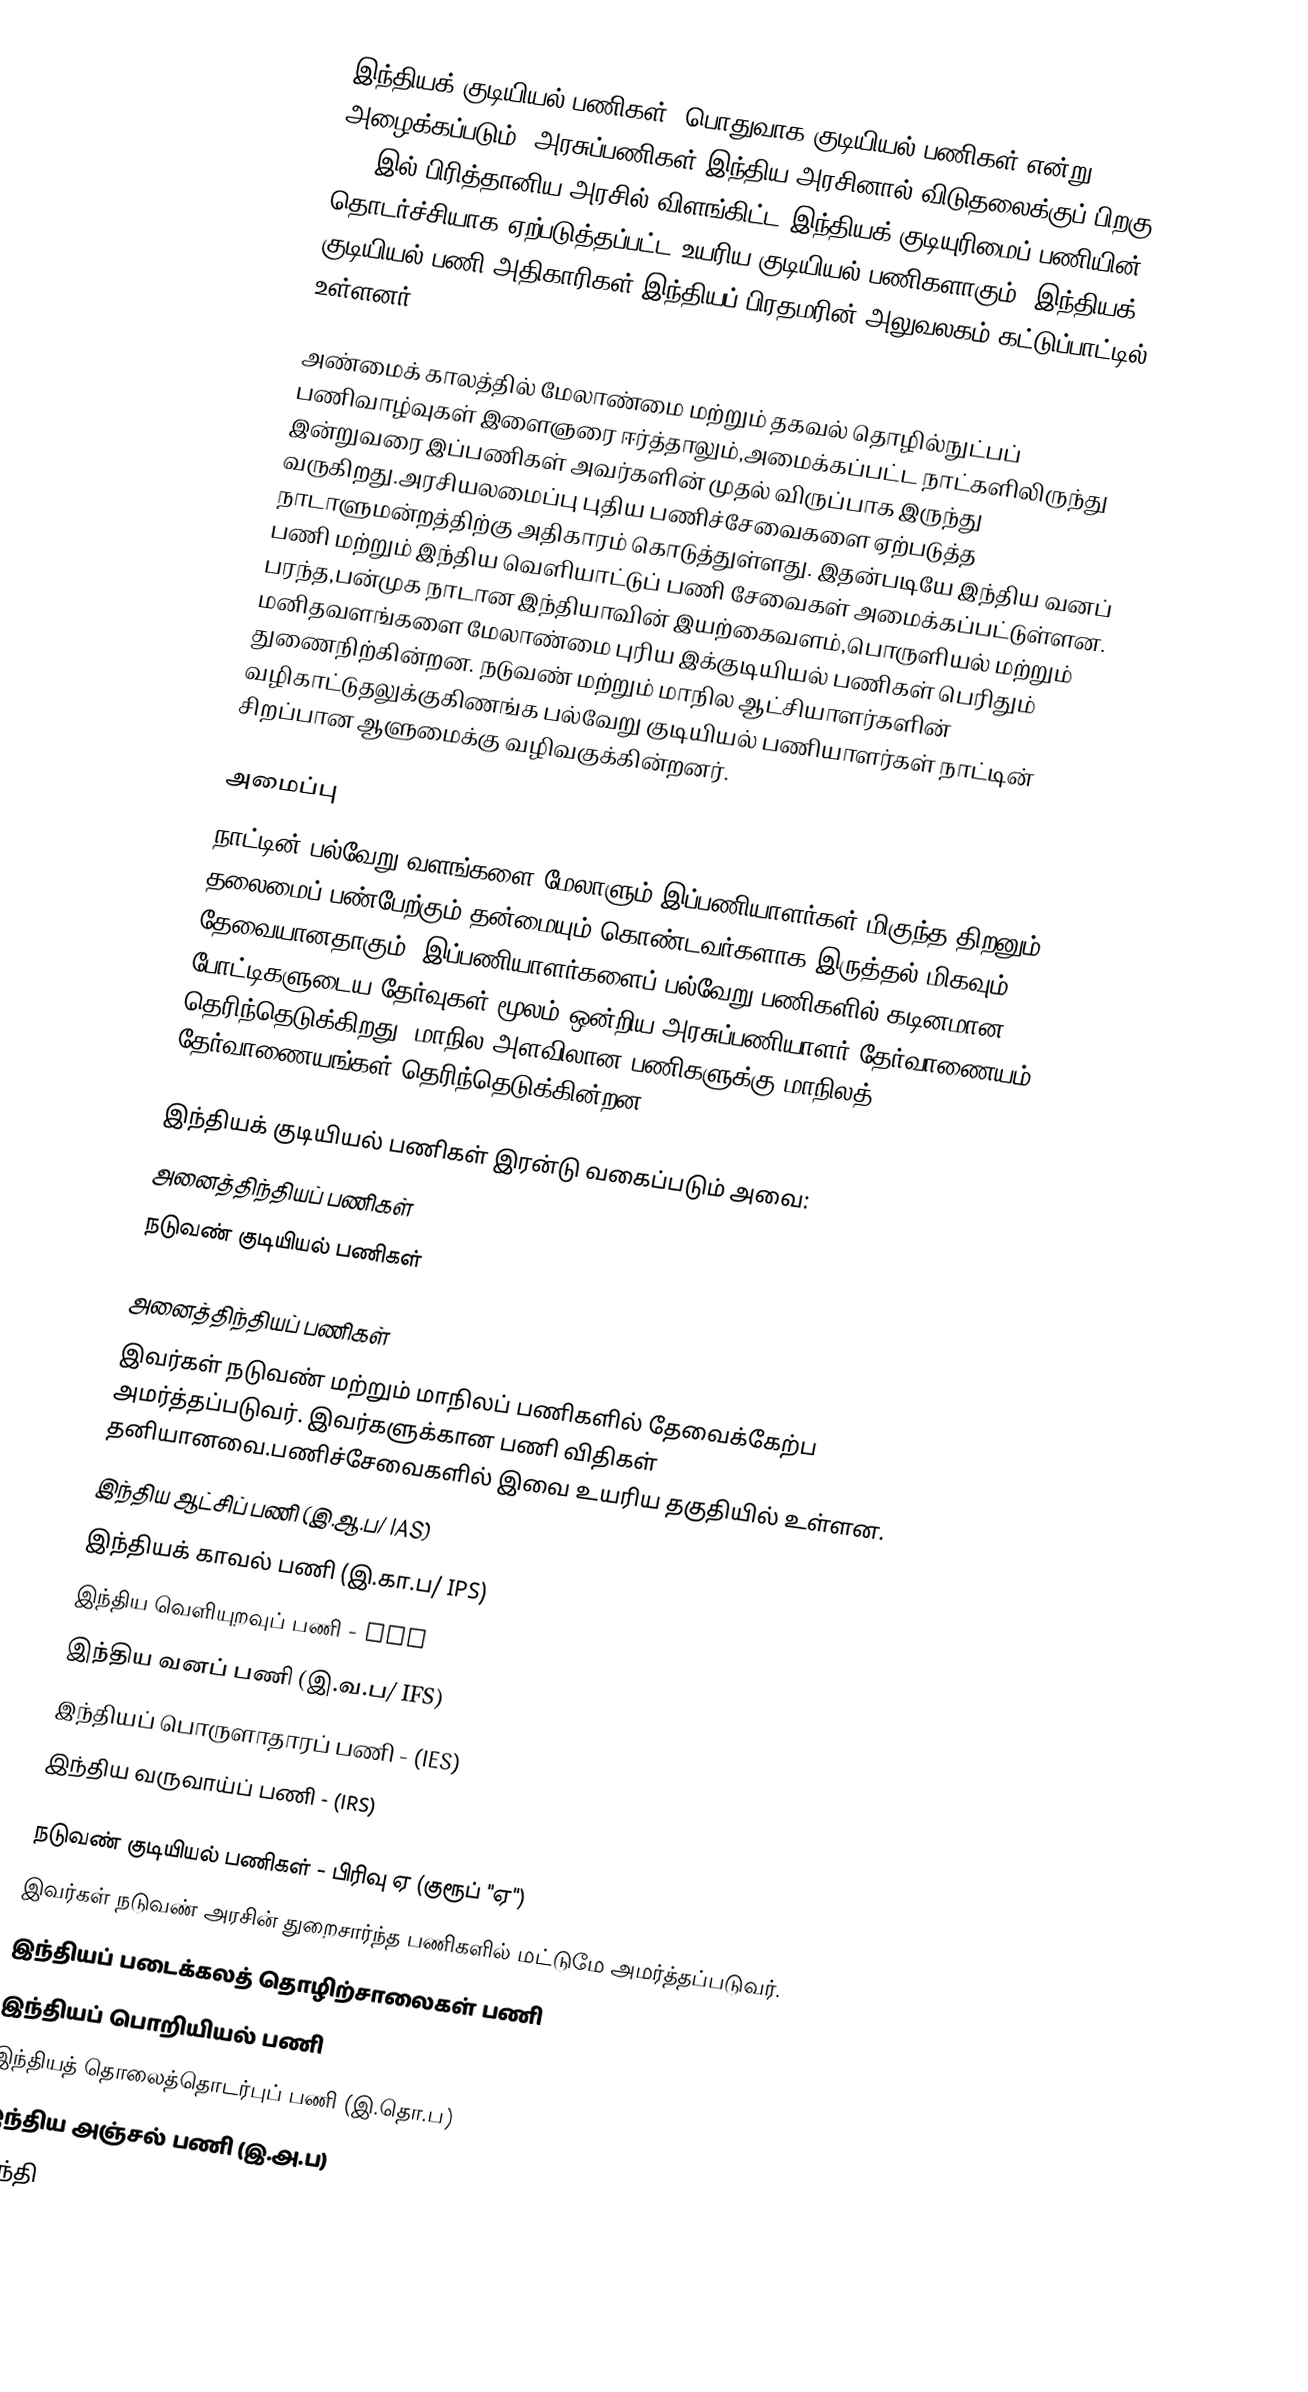
இந்தியக் குடியியல் பணிகள், பொதுவாக குடியியல் பணிகள் என்று அழைக்கப்படும், அரசுப்பணிகள் இந்திய அரசினால் விடுதலைக்குப் பிறகு 1947இல் பிரித்தானிய அரசில் விளங்கிட்ட இந்தியக் குடியுரிமைப் பணியின் தொடர்ச்சியாக ஏற்படுத்தப்பட்ட உயரிய குடியியல் பணிகளாகும். இந்தியக் குடியியல் பணி அதிகாரிகள் இந்தியப் பிரதமரின் அலுவலகம் கட்டுப்பாட்டில் உள்ளனர்.

அண்மைக் காலத்தில் மேலாண்மை மற்றும் தகவல் தொழில்நுட்பப் பணிவாழ்வுகள் இளைஞரை ஈர்த்தாலும்,அமைக்கப்பட்ட நாட்களிலிருந்து இன்றுவரை இப்பணிகள் அவர்களின் முதல் விருப்பாக இருந்து வருகிறது.அரசியலமைப்பு புதிய பணிச்சேவைகளை ஏற்படுத்த நாடாளுமன்றத்திற்கு அதிகாரம் கொடுத்துள்ளது. இதன்படியே இந்திய வனப் பணி மற்றும் இந்திய வெளியாட்டுப் பணி சேவைகள் அமைக்கப்பட்டுள்ளன. பரந்த,பன்முக நாடான இந்தியாவின் இயற்கைவளம்,பொருளியல் மற்றும் மனிதவளங்களை மேலாண்மை புரிய இக்குடியியல் பணிகள் பெரிதும் துணைநிற்கின்றன. நடுவண் மற்றும் மாநில ஆட்சியாளர்களின் வழிகாட்டுதலுக்குகிணங்க பல்வேறு குடியியல் பணியாளர்கள் நாட்டின் சிறப்பான ஆளுமைக்கு வழிவகுக்கின்றனர்.

அமைப்பு
நாட்டின் பல்வேறு வளங்களை மேலாளும் இப்பணியாளர்கள் மிகுந்த திறனும் தலைமைப் பண்பேற்கும் தன்மையும் கொண்டவர்களாக இருத்தல் மிகவும் தேவையானதாகும். இப்பணியாளர்களைப் பல்வேறு பணிகளில் கடினமான போட்டிகளுடைய தேர்வுகள் மூலம் ஒன்றிய அரசுப்பணியாளர் தேர்வாணையம் தெரிந்தெடுக்கிறது. மாநில அளவிலான பணிகளுக்கு மாநிலத் தேர்வாணையங்கள் தெரிந்தெடுக்கின்றன.

இந்தியக் குடியியல் பணிகள் இரன்டு வகைப்படும் அவை:
 அனைத்திந்தியப் பணிகள்
 நடுவண் குடியியல் பணிகள்

அனைத்திந்தியப் பணிகள்
இவர்கள் நடுவண் மற்றும் மாநிலப் பணிகளில் தேவைக்கேற்ப அமர்த்தப்படுவர். இவர்களுக்கான பணி விதிகள் தனியானவை.பணிச்சேவைகளில் இவை உயரிய தகுதியில் உள்ளன.
 இந்திய ஆட்சிப் பணி (இ.ஆ.ப/ IAS)
 இந்தியக் காவல் பணி (இ.கா.ப/ IPS)
 இந்திய வெளியுறவுப் பணி - IFS
 இந்திய வனப் பணி (இ.வ.ப/ IFS)
 இந்தியப் பொருளாதாரப் பணி - (IES)
 இந்திய வருவாய்ப் பணி - (IRS)

நடுவண் குடியியல் பணிகள் - பிரிவு ஏ (குரூப் "ஏ")
இவர்கள் நடுவண் அரசின் துறைசார்ந்த பணிகளில் மட்டுமே அமர்த்தப்படுவர்.
 இந்தியப் படைக்கலத் தொழிற்சாலைகள் பணி
 இந்தியப் பொறியியல் பணி
 இந்தியத் தொலைத்தொடர்புப் பணி (இ.தொ.ப)
 இந்திய அஞ்சல் பணி (இ.அ.ப)
 இந்தி